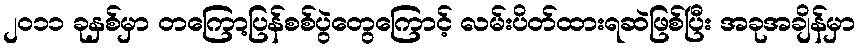
၂၀၁၁ ခုနှစ်မှာ တကြော့ပြန်စစ်ပွဲတွေကြောင့် လမ်းပိတ်ထားရဆဲဖြစ်ပြီး အခုအချိန်မှာ